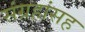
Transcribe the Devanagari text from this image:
संग्रहांसह